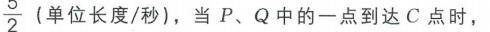
$\frac{5}{2}$ (单位长度/秒)，当 \(P\)、\(Q\) 中的一点到达 \(C\) 点时，